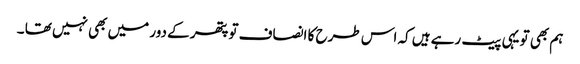
ہم بھی تو یہی پیٹ رہے ہیں کہ اس طرح کا انصاف تو پتھر کے دور میں بھی نہیں تھا ۔